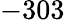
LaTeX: -303